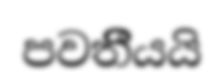
පවතීියයි